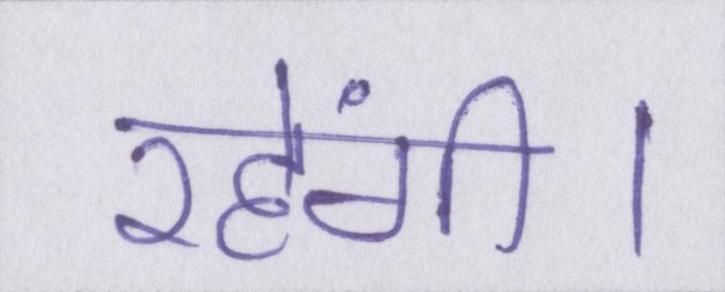
रहेंगी।